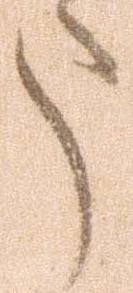
う